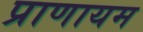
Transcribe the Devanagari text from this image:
प्राणायम